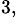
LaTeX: ^{3,}